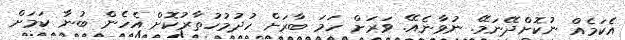
އެކަމެއް ނުކޮށްދޭނަމޭ. ނުވާނެއޭ. ވަރަށް ހަމަ ބާރަށް ހުދުމުހުތާރުކޮށް އެހެން ބުނާ ކަމަށް